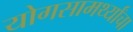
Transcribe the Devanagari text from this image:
योगसामर्थ्यांचा